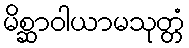
မိစ္ဆာဝါယာမသုတ္တံ